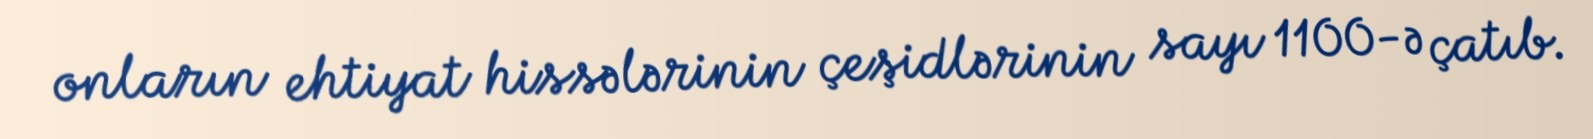
onların ehtiyat hissələrinin çeşidlərinin sayı 1100-ə çatıb.